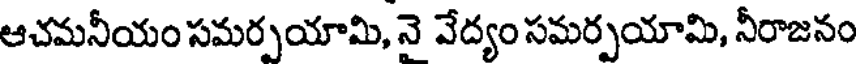
ఆచమనీయం సమర్పయామి, నె వేద్యం సమర్పయామి, నీరాజనం